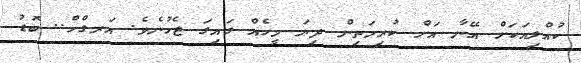
ކުއްލިއަކަށް އޭނާ އަށް ކުރިމަތިން ދިޔަ މީހެއް ގައިގަ ޖެހުނެވެ. އަރގްހް.. ބޮޑު